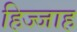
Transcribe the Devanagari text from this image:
हिज्जाह